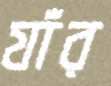
যাঁর